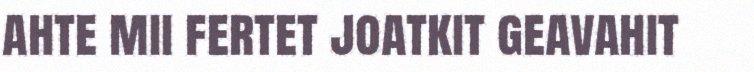
ahte mii fertet joatkit geavahit